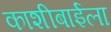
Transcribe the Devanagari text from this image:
काशीबाईला